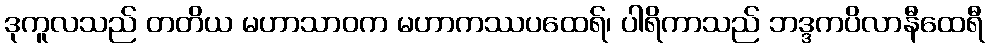
ဒုကူလသည် တတိယ မဟာသာဝက မဟာကဿပထေရ်၊ ပါရိကာသည် ဘဒ္ဒကပိလာနီထေရီ